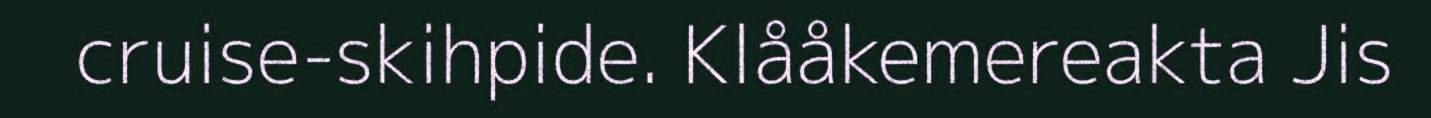
cruise-skihpide. Klååkemereakta Jis